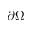
\partial \Omega